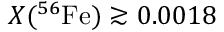
X ( ^ { 5 6 } \mathrm { F e } ) \gtrsim 0 . 0 0 1 8